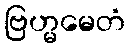
ဗြဟ္မမေတံ